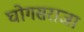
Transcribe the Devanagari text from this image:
घोगसराजा